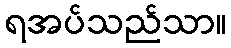
ရအပ်သည်သာ။